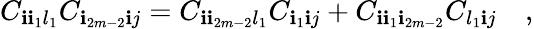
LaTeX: C_{\mathbf{i}\mathbf{i}_{1}l_{1}}C_{\mathbf{i}_{2m-2}\mathbf{i}j}=C_{\mathbf{i}\mathbf{i}_{2m-2}l_{1}}C_{\mathbf{i}_{1}\mathbf{i}j}+C_{\mathbf{i}\mathbf{i}_{1}\mathbf{i}_{2m-2}}C_{l_{1}\mathbf{i}j}\quad,